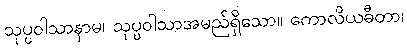
သုပ္ပဝါသာနာမ၊ သုပ္ပဝါသာအမည်ရှိသော။ ကောလိယဓီတာ၊